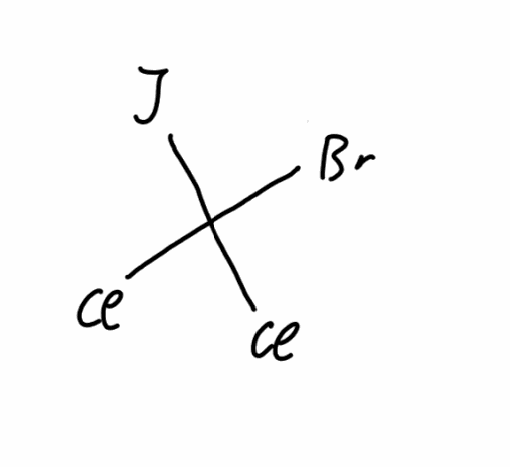
Simplified molecular-input line-entry system (SMILES) notation of the given molecule:
C(Cl)(Cl)(Br)I